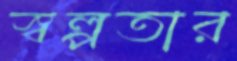
স্বল্পতার